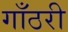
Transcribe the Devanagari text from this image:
गाँठरी